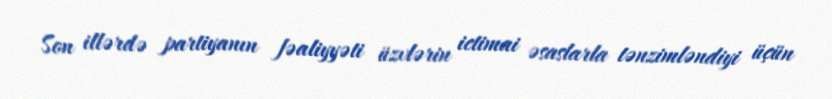
Son illərdə partiyanın fəaliyyəti üzvlərin ictimai əsaslarla tənzimləndiyi üçün